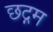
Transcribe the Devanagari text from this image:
छद्नम